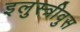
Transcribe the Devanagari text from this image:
इलुस्त्रीवुस